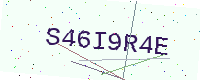
Text: S46I9R4E